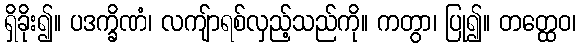
ရှိခိုး၍။ ပဒက္ခိဏံ၊ လကျ်ာရစ်လှည့်သည်ကို။ ကတွာ၊ ပြု၍။ တတ္ထေဝ၊